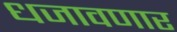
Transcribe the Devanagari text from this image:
धजावणार